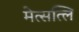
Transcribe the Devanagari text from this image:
मेत्सत्लि